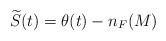
LaTeX: \begin{align*}\widetilde{S}(t) = \theta(t) - n_{F}(M)\end{align*}